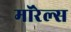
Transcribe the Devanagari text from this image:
मॉरेल्स